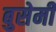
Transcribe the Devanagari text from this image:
बुसेमी